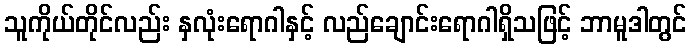
သူကိုယ်တိုင်လည်း နှလုံးရောဂါနှင့် လည်ချောင်းရောဂါရှိသဖြင့် ဘာမူဒါတွင်